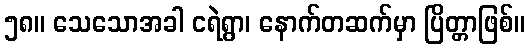
၅၈။ သေသောအခါ ငရဲရွာ၊ နောက်တဆက်မှာ ပြိတ္တာဖြစ်။